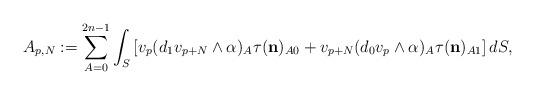
LaTeX: \begin{align*} A_{p,N}:=\sum_{A=0}^{2n-1} \int_S \left[v_p(d_1v_{p+N}\wedge\alpha)_A \tau( \mathbf{{n}})_{A0}+v_{p+N} (d_0 v_p\wedge\alpha)_A \tau( \mathbf{{n}})_{A1}\right]dS, \end{align*}